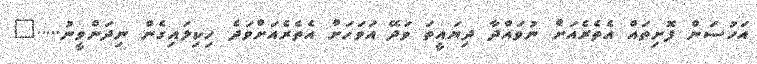
އަހުސަން ފޮށިތައް އެތެރެއަށް ނުވައްދާ ދިޔައީތަ ވަދޭ އަވަހަށް އެތެރެއަށްވަދެ ހިކިލައިގެން ނިދަންވީނު....."